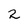
Character: 2